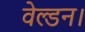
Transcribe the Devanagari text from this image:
वेल्डन।